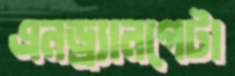
এনড্র্যানগেটা